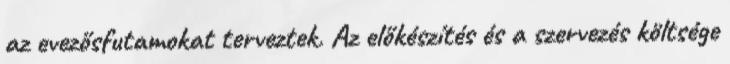
az evezősfutamokat terveztek. Az előkészítés és a szervezés költsége